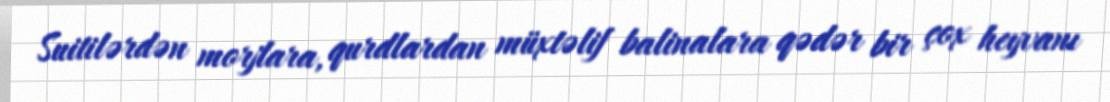
Suitilərdən morjlara, qurdlardan müxtəlif balinalara qədər bir çox heyvanı